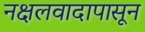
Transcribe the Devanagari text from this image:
नक्षलवादापासून